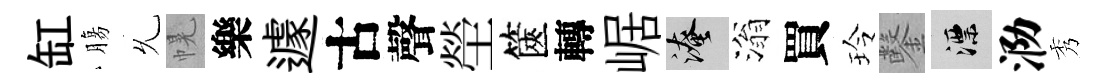
缸膓𠃔幌樂遽古聲塋篋轉崌淹滃買玲鑿漂泐秀